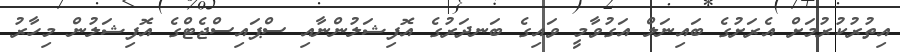
އިތުރުކުރުމަށް އެރަށުގެ ބައިނަލް އަގުވާމީ ވައިގެ ބަނދަރުގެ އޮފިޝަލުންނާއި ސްޕައިސްޖެޓްގެ އޮފިޝަލުން މިހާރު